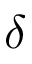
\delta